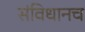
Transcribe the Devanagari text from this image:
संविधानच